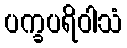
ပက္ခပရိဝါသံ